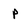
Character: P